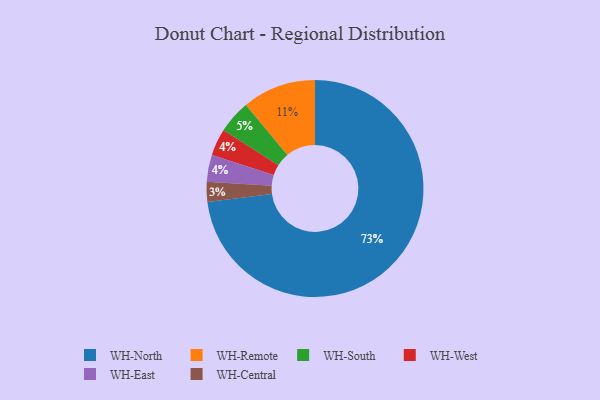
{"axis": {"x": "Category", "y": "Percentage"}, "legend": ["WH-Central", "WH-East", "WH-North", "WH-Remote", "WH-South", "WH-West"], "data": [{"x": "WH-Remote", "y": 11, "type": "WH-Remote"}, {"x": "WH-West", "y": 4, "type": "WH-West"}, {"x": "WH-South", "y": 5, "type": "WH-South"}, {"x": "WH-North", "y": 73, "type": "WH-North"}, {"x": "WH-East", "y": 4, "type": "WH-East"}, {"x": "WH-Central", "y": 3, "type": "WH-Central"}]}